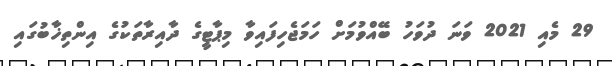
29 މެއި 2021 ވަނަ ދުވަހު ބޭއްވުމަށް ހަމަޖެހިފައިވާ މިޕާޓީގެ ދާއިރާތަކުގެ އިންތިޚާބުގައި